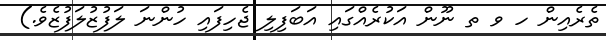
ތެރެއިން ހ ވ ތ ނޫން އަކުރެއްގައި އަބަފިލި ޖެހިފައި ހުންނަ ލަފުޒުލަފުޒެވެ.)